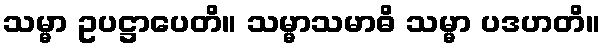
သမ္မာ ဥပဋ္ဌာပေတိ။ သမ္မာသမာဓိ သမ္မာ ပဒဟတိ။